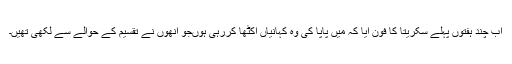
اب چند ہفتوں پہلے سکریتا کا فون آیا کہ میں پاپا کی وہ کہانیاں اکٹھا کررہی ہوںجو انھوں نے تقسیم کے حوالے سے لکھی تھیں۔